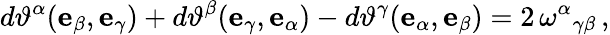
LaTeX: d\vartheta^{\alpha}(\mathbf{e}_{\beta},\mathbf{e}_{\gamma})+d\vartheta^{\beta}(\mathbf{e}_{\gamma},\mathbf{e}_{\alpha})-d\vartheta^{\gamma}(\mathbf{e}_{\alpha},\mathbf{e}_{\beta})=2\, \omega^{\alpha}{}_{\gamma\beta}\, ,